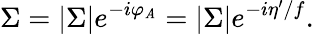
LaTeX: \Sigma=|\Sigma|e^{-i\varphi_{\mathit{A}}}=|\Sigma|e^{-i\eta^{\prime}/f}.